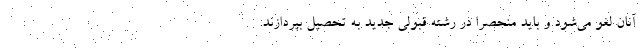
آنان لغو می‌شود و باید منحصراً در رشته قبولی جدید به تحصیل بپردازند.